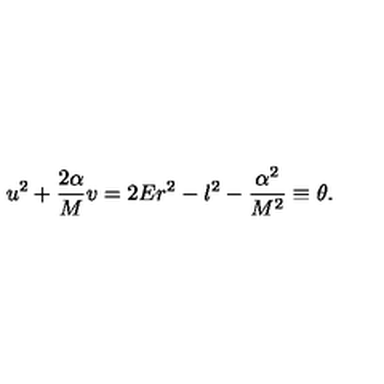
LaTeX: u ^ { 2 } + \frac { 2 \alpha } { M } v = 2 E r ^ { 2 } - l ^ { 2 } - \frac { \alpha ^ { 2 } } { M ^ { 2 } } \equiv \theta .